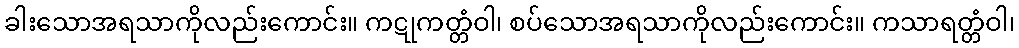
ခါးသောအရသာကိုလည်းကောင်း။ ကဋုကတ္တံဝါ၊ စပ်သောအရသာကိုလည်းကောင်း။ ကသာရတ္တံဝါ၊